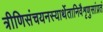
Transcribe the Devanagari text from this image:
त्रीणिसंचयनस्यार्थेतानिवैशृणुसांप्रतं